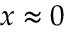
x \approx 0